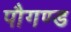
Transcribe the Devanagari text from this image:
पौगण्ड